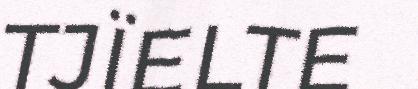
TJÏELTE